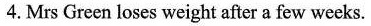
4. Mrs Green loses weight after a few weeks.